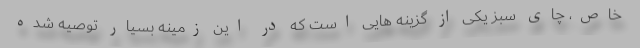
خاص، چای سبز یکی از گزینه هایی است که در این زمینه بسیار توصیه شده